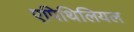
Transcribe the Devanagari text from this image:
एपिथिलियल